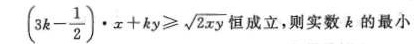
$$( 3 k - \frac { 1 } { 2 } ) \cdot x + k y ≥ \sqrt { 2 x y }$$ 恒成立，则实数 k 的最小